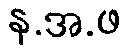
န.အ.ဖ